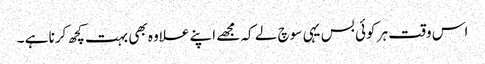
اس وقت ہر کوئی بس یہی سوچ لے کہ مجھے اپنے علاوہ بھی بہت کچھ کرنا ہے ۔